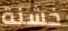
خشنة